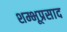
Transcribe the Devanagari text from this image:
शम्भूप्रसाद